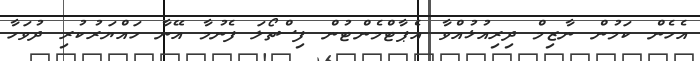
އެހެން ކަމުން ނާޒިމް ދިރިއުޅުއްވާ އެޕާޓްމެންޓުން ފިސްތޯލަ ފެނުމާ އޭނާ ހައްޔަރުކުރި ދުވަހާ